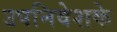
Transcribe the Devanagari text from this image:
उपनिवेशके